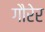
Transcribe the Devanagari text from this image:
गौरेर